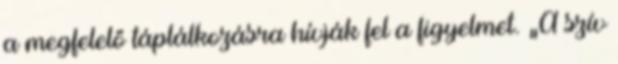
a megfelelő táplálkozásra hívják fel a figyelmet. „A szív